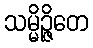
သမ္မိဉ္ဇိတေ